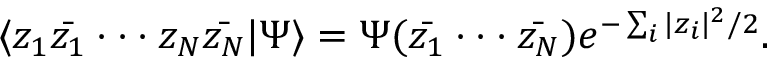
\langle z _ { 1 } \bar { z _ { 1 } } \cdot \cdot \cdot z _ { N } \bar { z _ { N } } | \Psi \rangle = \Psi ( \bar { z _ { 1 } } \cdot \cdot \cdot \bar { z _ { N } } ) e ^ { - \sum _ { i } | z _ { i } | ^ { 2 } / 2 } .